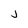
Character: j